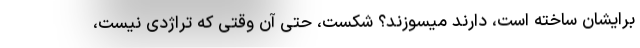
برایشان ساخته است، دارند میسوزند؟ شکست، حتی آن وقتی که تراژدی نیست،